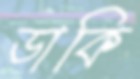
ডাকি